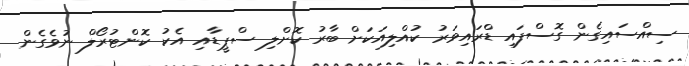
ސިއްސައިގެން ގޮސްފައި ޑްރައިވަރު ކުއްލިއަކަށް ބާރު ކޮށްލި ސްޕީޑާއި އެކު ކޮންޓުރޯލް ނުވެގެން